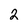
Character: 2